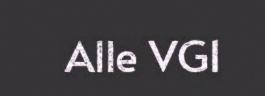
Alle VG1